Mental hospitals Bombay report 1921-28 - 1921-1928
Year: 1921
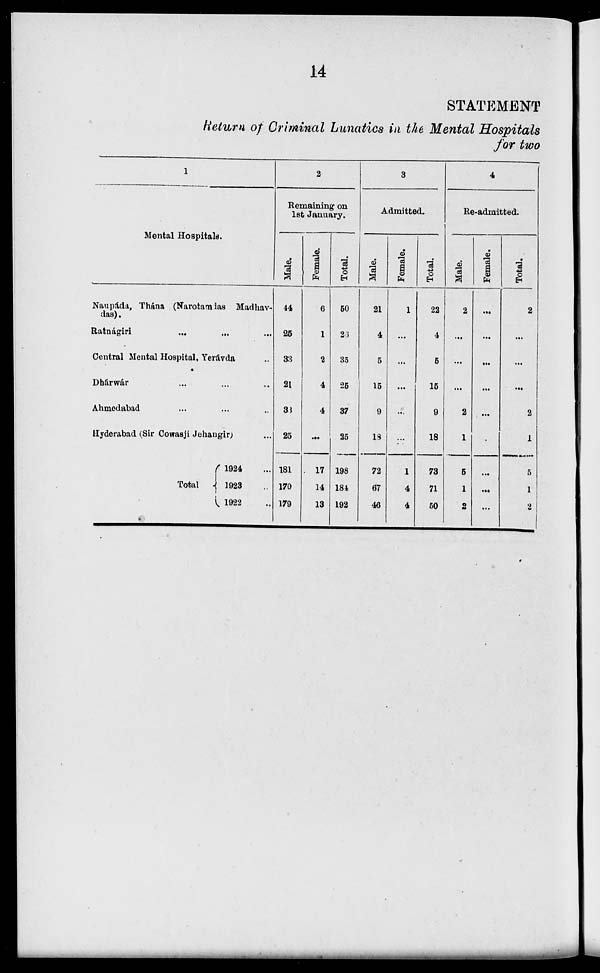
14
STATEMENT
Return of Criminal Lunatics in the Mental Hospitals
for two
1
Mental Hospitals.
Naupáda, Thána (Narotamdas Madhav-
das).
Ratnágiri
...
...
...
Central Mental Hospital, Yerávda ...
Dhárwár ... ... ...
Ahmedabad ... ... ...
Hyderabad (Sir Cowasji Jehangir) ...
Total
1924 ...
1923 ...
1922 ...
2
Remaining on
1st January.
Male.
44
25
33
21
33
25
181
170
179
Female.
6
1
2
4
4
...
17
14
13
Total.
50
26
35
25
37
25
198
184
192
3
Admitted.
Male.
_
21
4
5
15
9
18
72
67
46
Female.
1
...
...
...
...
...
1
4
4
Total.
22
4
5
15
9
18
73
71
50
4
Re-admitted.
Male.
2
...
...
...
2
1
5
1
2
Female.
...
...
...
...
...
...
...
...
...
Total.
2
...
...
...
2
1
5
1
2